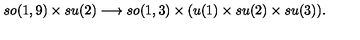
s o ( 1 , 9 ) \times s u ( 2 ) \longrightarrow s o ( 1 , 3 ) \times ( u ( 1 ) \times s u ( 2 ) \times s u ( 3 ) ) .